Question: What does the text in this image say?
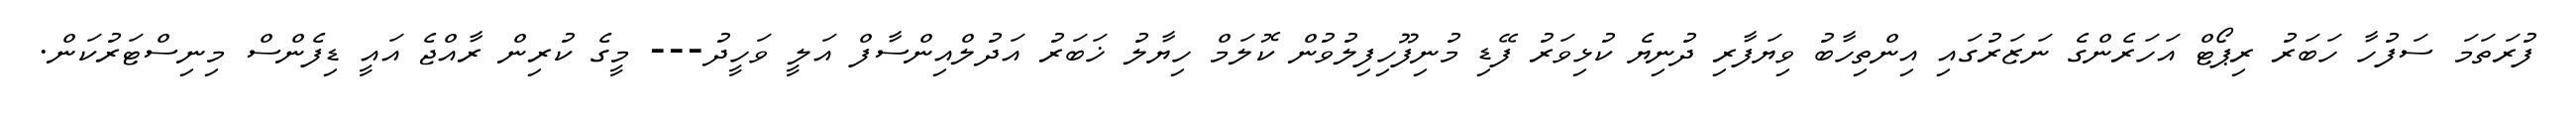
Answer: ފުރަތަމަ ސަފުހާ ހަބަރު ރިޕޯޓް އަހަރެންގެ ނަޒަރުގައި އިންތިހާބު ވިޔަފާރި ދުނިޔެ ކުޅިވަރު ފޭޑި މުނިފޫހިފިލުވުން ކޮލަމް ހިޔާލު ޚަބަރު އަދުލްއިންސާފް އަލީ ވަހީދު--- މީގެ ކުރިން ރާއްޖެ އައީ ޑިފެންސް މިނިސްޓަރުކަން.